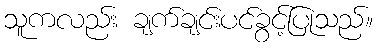
သူကလည်း ချက်ချင်းပင်ခွင့်ပြုသည်။